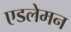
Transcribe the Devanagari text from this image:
एडलेमन